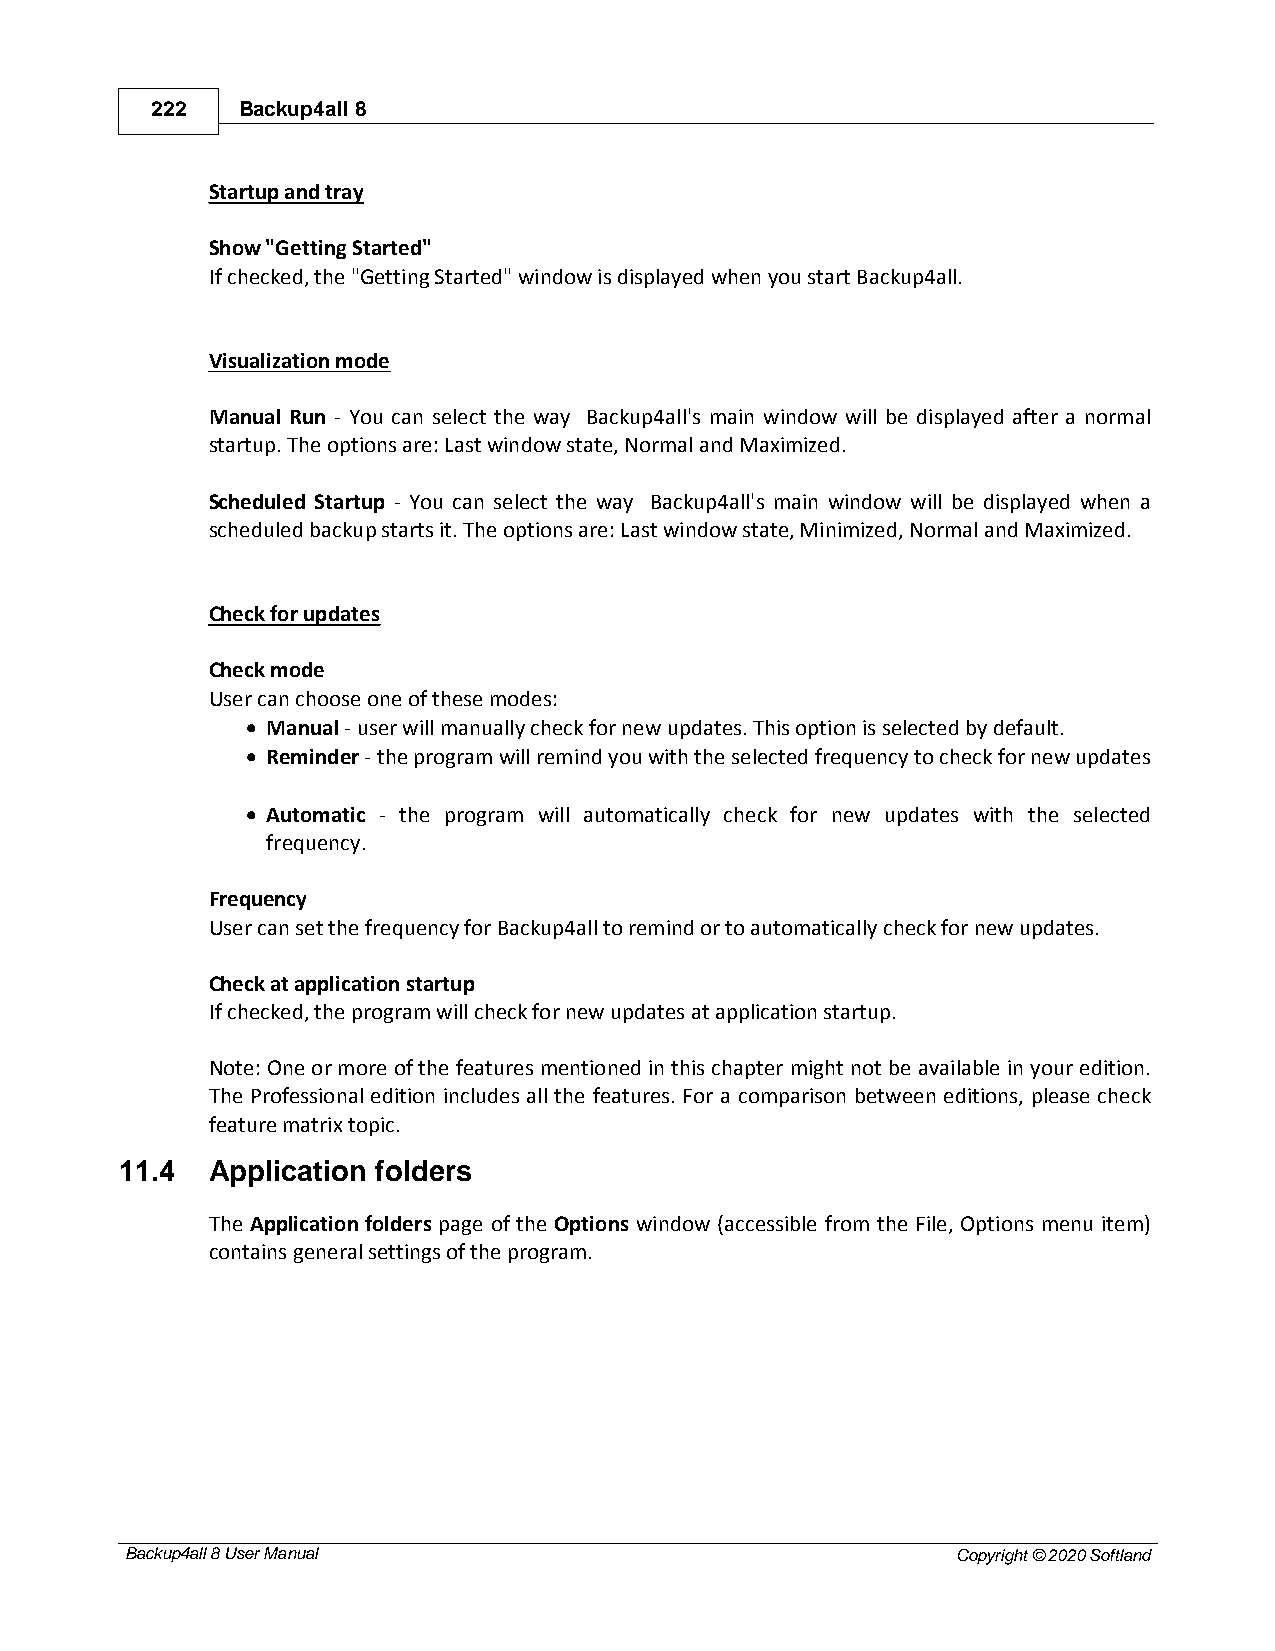
222   Backup4all 8
 Startup and tray
 Show "Getting Started"
 If checked, the "Getting Started" window is displayed when you start Backup4all.
 Visualization mode
 Manual Run - You can select the way Backup4all's main window will be displayed after a normal
 startup. The options are: Last window state, Normal and Maximized.
 Scheduled Startup - You can select the way Backup4all's main window will be displayed when a
 scheduled backup starts it. The options are: Last window state, Minimized, Normal and Maximized.
 Check for updates
 Check mode
 User can choose one of these modes:
 · Manual - user will manually check for new updates. This option is selected by default.
 · Reminder - the program will remind you with the selected frequency to check for new updates
 · Automatic - the program will automatically check for new updates with the selected
 frequency.
 Frequency
 User can set the frequency for Backup4all to remind or to automatically check for new updates.
 Check at application startup
 If checked, the program will check for new updates at application startup.
 Note: One or more of the features mentioned in this chapter might not be available in your edition.
 The Professional edition includes all the features. For a comparison between editions, please check
 feature matrix topic.
 11.4  Application folders
 The Application folders page of the Options window (accessible from the File, Options menu item)
 contains general settings of the program.
 Backup4all 8 User Manual                               Copyright © 2020 Softland